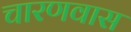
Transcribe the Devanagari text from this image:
चारणवास